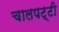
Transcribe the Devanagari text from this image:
चालपट्टी